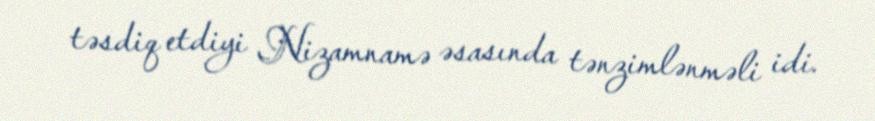
təsdiq etdiyi Nizamnamə əsasında tənzimlənməli idi.